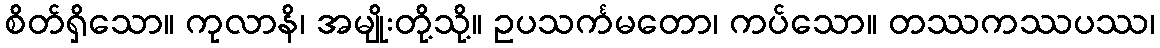
စိတ်ရှိသော။ ကုလာနိ၊ အမျိုးတို့သို့။ ဥပသင်္ကမတော၊ ကပ်သော။ တဿကဿပဿ၊